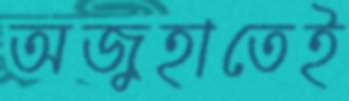
অজুহাতেই